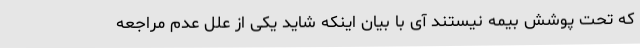
که تحت پوشش بیمه نیستند آی با بیان اینکه شاید یکی از علل عدم مراجعه